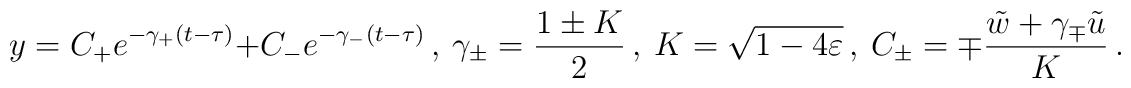
y= C_+ e^{-\gamma_+ (t-\tau)} + C_- e^{-\gamma_- (t- \tau )} \,,       \  \gamma_{\pm} =\frac{1\pm K}{2} \,,       \  K = \sqrt{1-4\varepsilon}\,, \   C_{\pm}=\mp\frac{\tilde{w}+\gamma_{\mp}\tilde{u}}{K}\,.